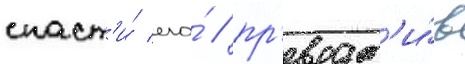
спаст'и́ его́ / пр'еврат'и́в